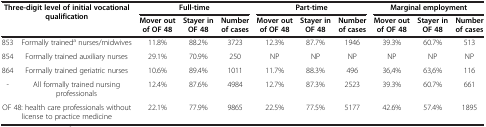
| <ROWSPAN=2-COLSPAN=2> Three-digit level of initial vocational qualification | <COLSPAN=3> Full-time | <COLSPAN=3> Part-time | <COLSPAN=3> Marginal employment |
 | Mover out of OF 48 | Stayer in OF 48 | Number of cases | Mover out of OF 48 | Stayer in OF 48 | Number of cases | Mover out of OF 48 | Stayer in OF 48 | Number of cases |
 | --- | --- | --- | --- | --- | --- | --- | --- | --- | --- | --- |
 | 853 | Formally traineda nurses/midwives | 11.8% | 88.2% | 3723 | 12.3% | 87.7% | 1946 | 39.3% | 60.7% | 513 |
 | 854 | Formally trained auxiliary nurses | 29.1% | 70.9% | 250 | NP | NP | NP | NP | NP | NP |
 | 864 | Formally trained geriatric nurses | 10.6% | 89.4% | 1011 | 11.7% | 88.3% | 496 | 36,4% | 63,6% | 116 |
 | - | All formally trained nursing professionals | 12.4% | 87.6% | 4984 | 12.7% | 87.3% | 2523 | 39.3% | 60.7% | 661 |
 | <COLSPAN=2> OF 48: health care professionals without license to practice medicine | 22.1% | 77.9% | 9865 | 22.5% | 77.5% | 5177 | 42.6% | 57.4% | 1895 |